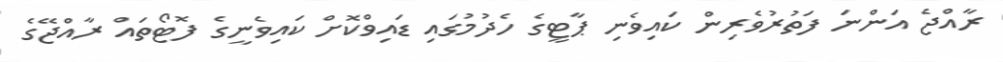
ރާއްޖެ އަންނަ ފަތުރުވެރިން ކައިވެނި ޕާޓީގެ ހެދުމުގައި ޑައިވްކޮށް ކައިވެނީގެ ފޮޓޯތައް ރާއްޖޭގެ